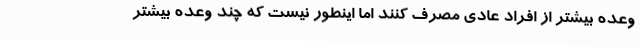
وعده بیشتر از افراد عادی مصرف کنند اما اینطور نیست که چند وعده بیشتر